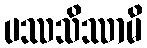
ပဿသိဿာမိ